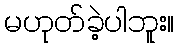
မဟုတ်ခဲ့ပါဘူး။